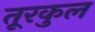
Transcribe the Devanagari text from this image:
तूरकुल